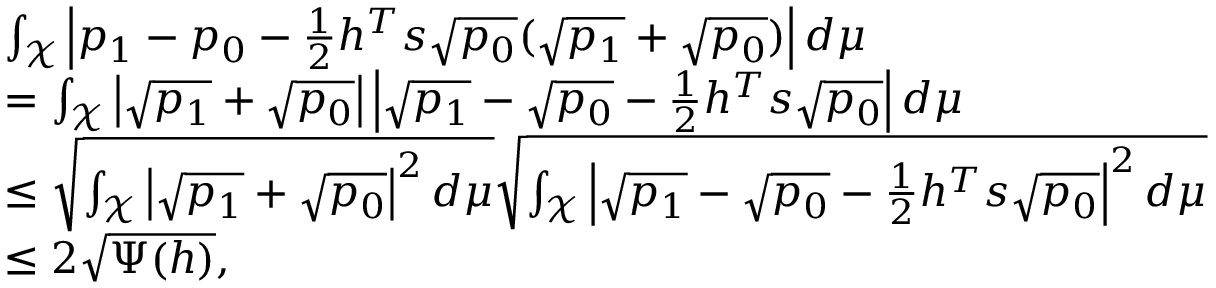
\begin{array} { r l } & { \int _ { \mathcal X } \left| p _ { 1 } - p _ { 0 } - \frac 1 2 h ^ { T } s \sqrt { p _ { 0 } } ( \sqrt { p _ { 1 } } + \sqrt { p _ { 0 } } ) \right| d \mu } \\ & { = \int _ { \mathcal X } \left| \sqrt { p _ { 1 } } + \sqrt { p _ { 0 } } \right| \left| \sqrt { p _ { 1 } } - \sqrt { p _ { 0 } } - \frac 1 2 h ^ { T } s \sqrt { p _ { 0 } } \right| d \mu } \\ & { \le \sqrt { \int _ { \mathcal X } \left| \sqrt { p _ { 1 } } + \sqrt { p _ { 0 } } \right| ^ { 2 } d \mu } \sqrt { \int _ { \mathcal X } \left| \sqrt { p _ { 1 } } - \sqrt { p _ { 0 } } - \frac 1 2 h ^ { T } s \sqrt { p _ { 0 } } \right| ^ { 2 } d \mu } } \\ & { \le 2 \sqrt { \Psi ( h ) } , } \end{array}